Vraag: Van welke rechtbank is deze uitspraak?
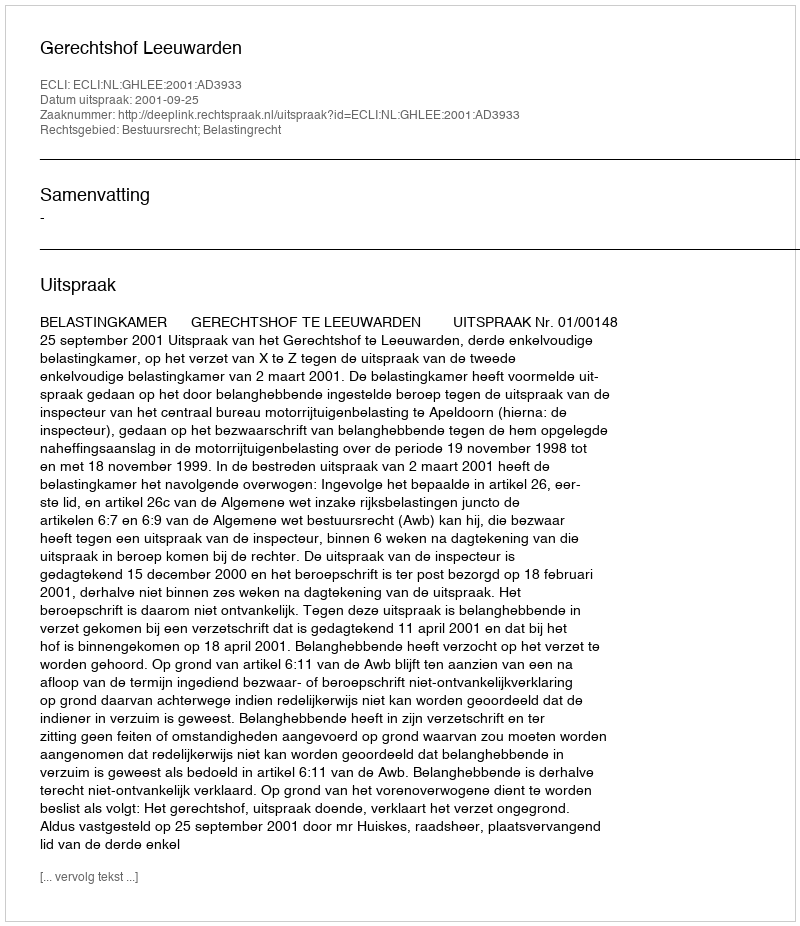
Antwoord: Gerechtshof Leeuwarden